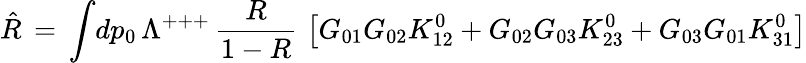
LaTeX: \hat{R}\, =\, \int\! dp_{0}\, \Lambda^{+++}\, {\frac{R}{1-R}}\, \left[G_{01}G_{02}K_{12}^{0}+G_{02}G_{03}K_{23}^{0}+G_{03}G_{01}K_{31}^{0}\right]